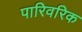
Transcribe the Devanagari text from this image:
पारिवरिक